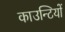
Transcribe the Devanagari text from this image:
काउन्टियों